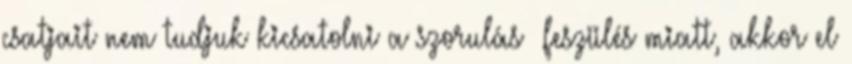
csatjait nem tudjuk kicsatolni a szorulás feszülés miatt, akkor el